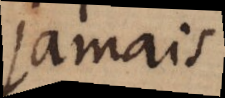
jamais